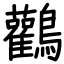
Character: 鸛